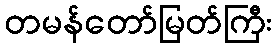
တမန်တော်မြတ်ကြီး